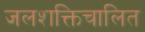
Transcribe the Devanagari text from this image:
जलशक्तिचालित